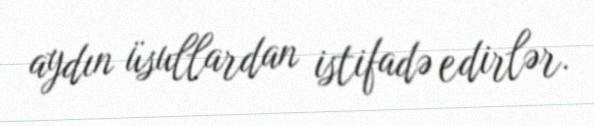
aydın üsullardan istifadə edirlər.